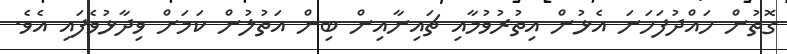
ގޮތުން ހައްދުފަހަނަ އެޅުން އިތުރުވުމާއި ޗައިނާއިން ބިން އަތުލުން ކަމަށް ވިދާޅުވެފައި އެވެ.